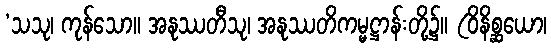
‘သသု၊ ကုန်သော။ အနုဿတီသု၊ အနုဿတိကမ္မဋ္ဌာန်းတို့၌။ (ဝိနိစ္ဆယော၊